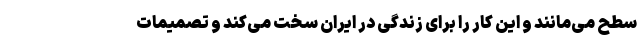
سطح می‌مانند و این کار را برای زندگی در ایران سخت می‌کند و تصمیمات